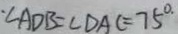
\cdot \angle A D B = \angle D A C = 7 5 ^ { \circ }